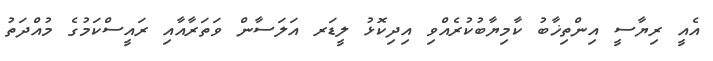
އެއީ ރިޔާސީ އިންތިޚާބު ކާމިޔާބުކުރެއްވި އިދިކޮޅު ލީޑަރ އަލަސާން ވަތަރާއާއި ރައީސްކަމުގެ މުއްދަތު